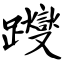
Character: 躞